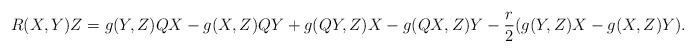
LaTeX: \begin{align*}R(X,Y)Z=g(Y,Z)QX-g(X,Z)QY+g(QY,Z)X-g(QX,Z)Y-\frac{r}{2}(g(Y,Z)X-g(X,Z)Y).\end{align*}